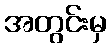
အတွင်းမှ